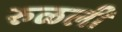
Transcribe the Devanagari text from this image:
रुळली